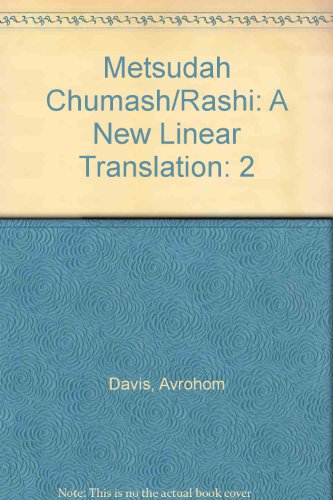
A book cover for The Metsudah: Chumash/Rashi, A New Linear Translation, Vol. 2 [Full Size], Shemos [Exodus] (English and Hebrew Edition); Reference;